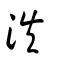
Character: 泆